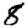
Digit: 8